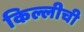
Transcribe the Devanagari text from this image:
किल्लीची